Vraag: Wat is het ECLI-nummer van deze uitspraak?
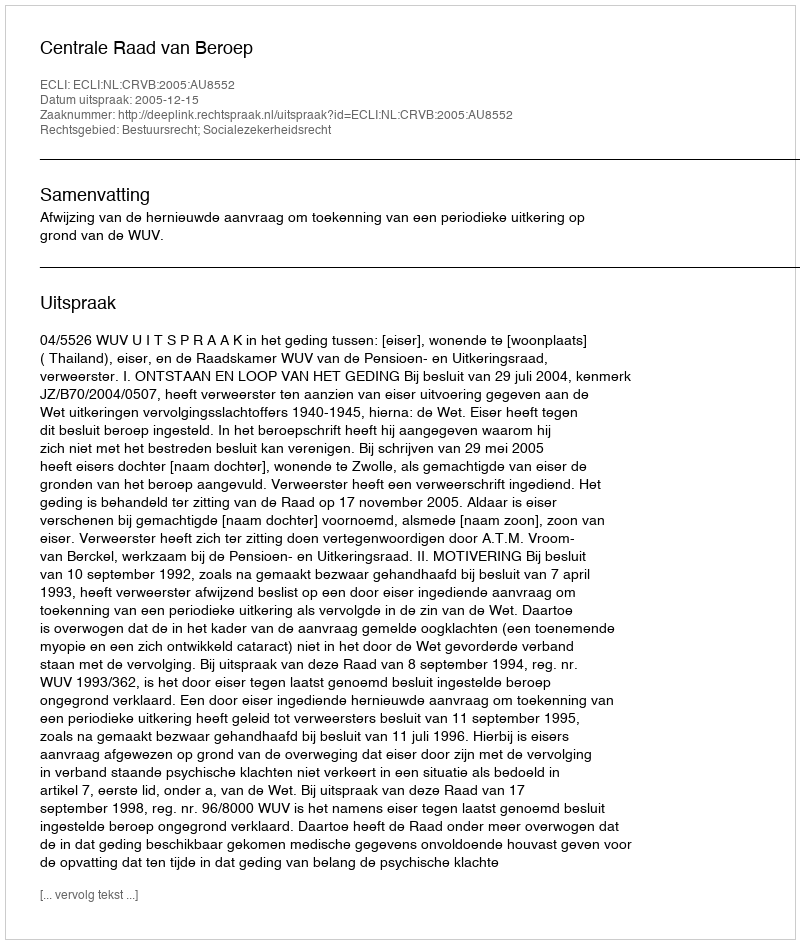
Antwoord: ECLI:NL:CRVB:2005:AU8552